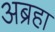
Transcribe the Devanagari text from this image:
अब्रहा